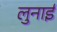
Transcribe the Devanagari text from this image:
लुनाई